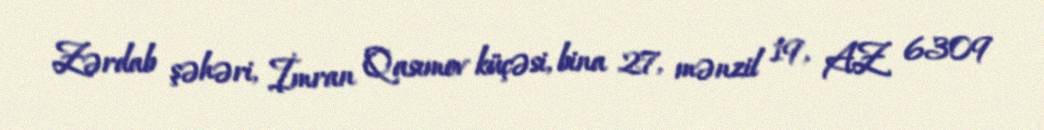
Zərdab şəhəri, İmran Qasımov küçəsi, bina 27, mənzil 19, AZ 6309